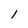
Character: l